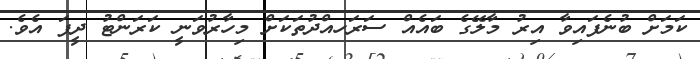
ކަމަށް ބުނެފައިވާ އިރު މާލޭގެ ބައެއް ސަރަަހއްދުތަކަށް މިހާރުވަނީ ކަރަންޓު ދީފަ އެވެ.